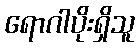
ရောဂါပိုးရှိသူ